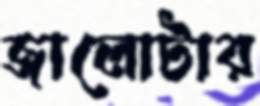
জালোটার